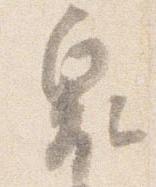
奥